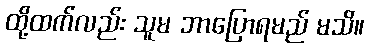
ထို့ထက်လည်း သူမ ဘာပြောရမည် မသိ။